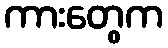
ကားတွေက